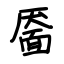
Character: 靥